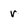
Character: r